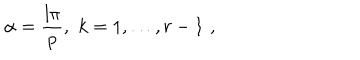
\alpha = \frac { l \pi } { p } , \, \, k = 1 , \ldots , r - 1 \, \, ,